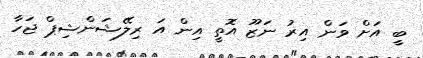
ބީ އަށް ވަން އިރު ނަޒޫ އޮތީ އިން އަ ރިލޭޝަންޝިޕް ޖަހާ